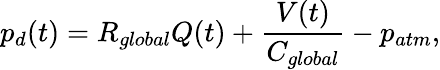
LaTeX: p_{d}(t)=R_{global}Q(t)+\frac{V(t)}{C_{global}}-p_{atm},